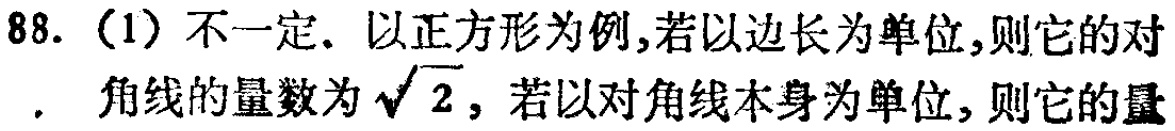
88. (1) 不一定. 以正方形为例,若以边长为单位,则它的对
, 角线的量数为\(\sqrt{2}\), 若以对角线本身为单位, 则它的量